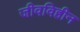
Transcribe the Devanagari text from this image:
जीवविहीन